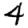
Digit: 4